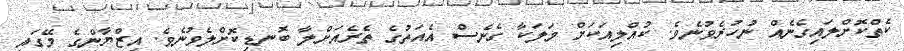
ކެތްކޮށްލައިގެނެއް ނުހުރެވުނެވެ. ކުއްލިއަކަށް މަލަކާ ގެނެސް އެއަތުގެ ތެރެއަށްލާ ބޮނޑިކޮށްލެވުނެވެ. އިޒްޔާންގެ މޭގައި